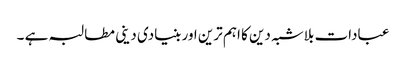
عبادات بلاشبہ دین کا اہم ترین اور بنیادی دینی مطالبہ ہے ۔